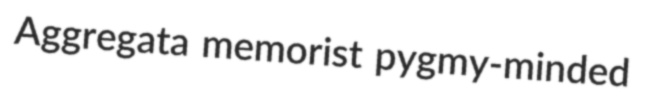
Aggregata memorist pygmy-minded